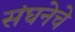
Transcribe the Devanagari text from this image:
संघनेचे